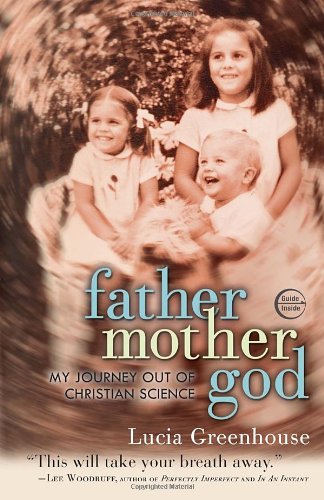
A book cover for fathermothergod: My Journey Out of Christian Science; Lucia Greenhouse; Christian Books & Bibles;